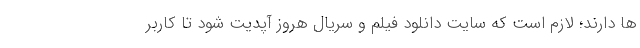
ها دارند؛ لازم است که سایت دانلود فیلم و سریال هروز آپدیت شود تا کاربر